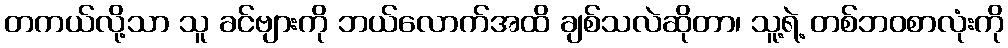
တကယ်လို့သာ သူ ခင်ဗျားကို ဘယ်လောက်အထိ ချစ်သလဲဆိုတာ၊ သူ့ရဲ့ တစ်ဘဝစာလုံးကို